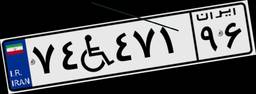
۷۴W۴۷۱۹۶